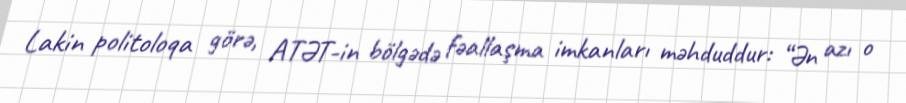
Lakin politoloqa görə, ATƏT-in bölgədə fəallaşma imkanları məhduddur: “Ən azı o